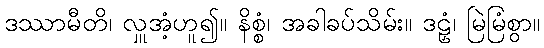
ဒဿာမီတိ၊ လှူအံ့ဟူ၍။ နိစ္စံ၊ အခါခပ်သိမ်း။ ဒဠှံ၊ မြဲမြံစွာ။